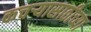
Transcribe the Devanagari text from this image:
कचऱ्यासाठीच्या